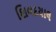
શિવદયાલ